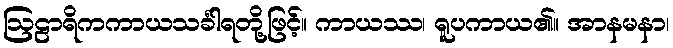
ဩဠာရိကကာယသင်္ခါရတို့ဖြင့်။ ကာယဿ၊ ရူပကာယ၏။ အာနမနာ၊